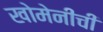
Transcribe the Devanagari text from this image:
खोमेनीची